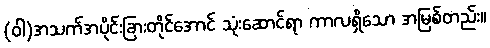
(ဝါ)အသက်အပိုင်းခြားတိုင်အောင် သုံးဆောင်ရာ ကာလရှိသော အမြစ်တည်း။